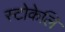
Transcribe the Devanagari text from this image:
स्टोकेलि